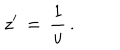
z ^ { \prime } \, = \, { \frac { 1 } { u } } \, .